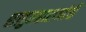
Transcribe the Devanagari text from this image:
शाहुमहाराजांची